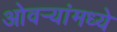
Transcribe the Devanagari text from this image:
ओवर्‍यांमध्ये